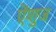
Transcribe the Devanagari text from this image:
ऐंशुज